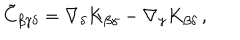
\tilde { C } _ { \beta \gamma \delta } = \nabla _ { \delta } K _ { \beta \gamma } - \nabla _ { \gamma } K _ { \beta \delta } \, ,